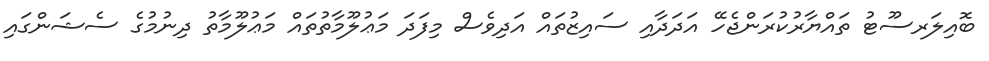
ބޮއިލަރސޫޓު ތައްޔާރުކުރަންޖެހޭ އަދަދާއި ސައިޒުތައް އަދިވެސް މިފަދަ މަޢުލޫމާތުތައް މަޢުލޫމާތު ދިނުމުގެ ސެޝަންގައި